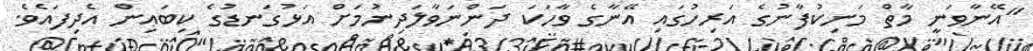
"އޭނާވަނީ މާތް މަނިކުފާނުގެ އަރިހުގައި އޭނާގެ ވާހަކަ ދަންނަވާލަދިނުމަށް އަޅުގަނޑުގެ ކިބައިން އެދިފައެވެ.